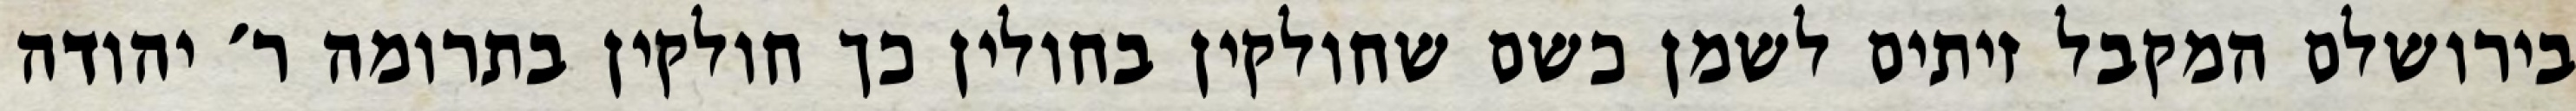
בירושלם המקבל זיתים לשמן כשם שחולקין בחולין כך חולקין בתרומה ר׳ יהודה